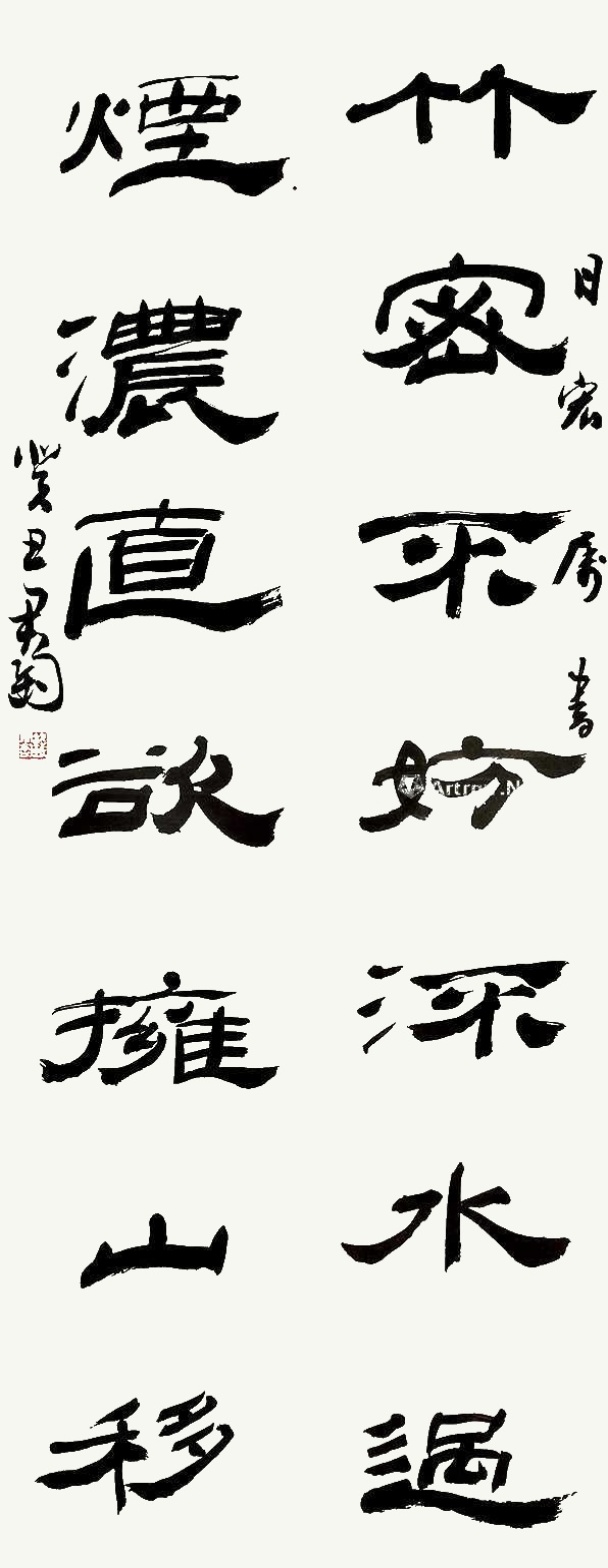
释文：竹密不妨流水过，烟浓直欲拥山移。日宏属书，癸丑君匋。